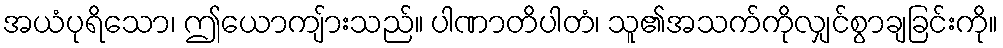
အယံပုရိသော၊ ဤယောကျ်ားသည်။ ပါဏာတိပါတံ၊ သူ၏အသက်ကိုလျှင်စွာချခြင်းကို။